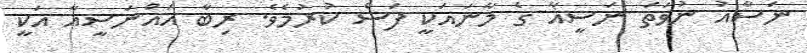
ނަސާއު ނުވަތަ ނަސީއާ ގެ މާނައަކީ ފަސް ކުރުމެވެ. ރިބާ އައްނަސީއާ އަކީ